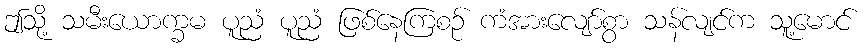
ဤသို့ သမီးယောက္ခမ ပူညံ ပူညံ ဖြစ်နေကြစဉ် ကံအားလျော်စွာ သန်လျင်က သူ့မောင်